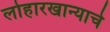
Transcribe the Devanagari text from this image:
लोहारखान्याचे